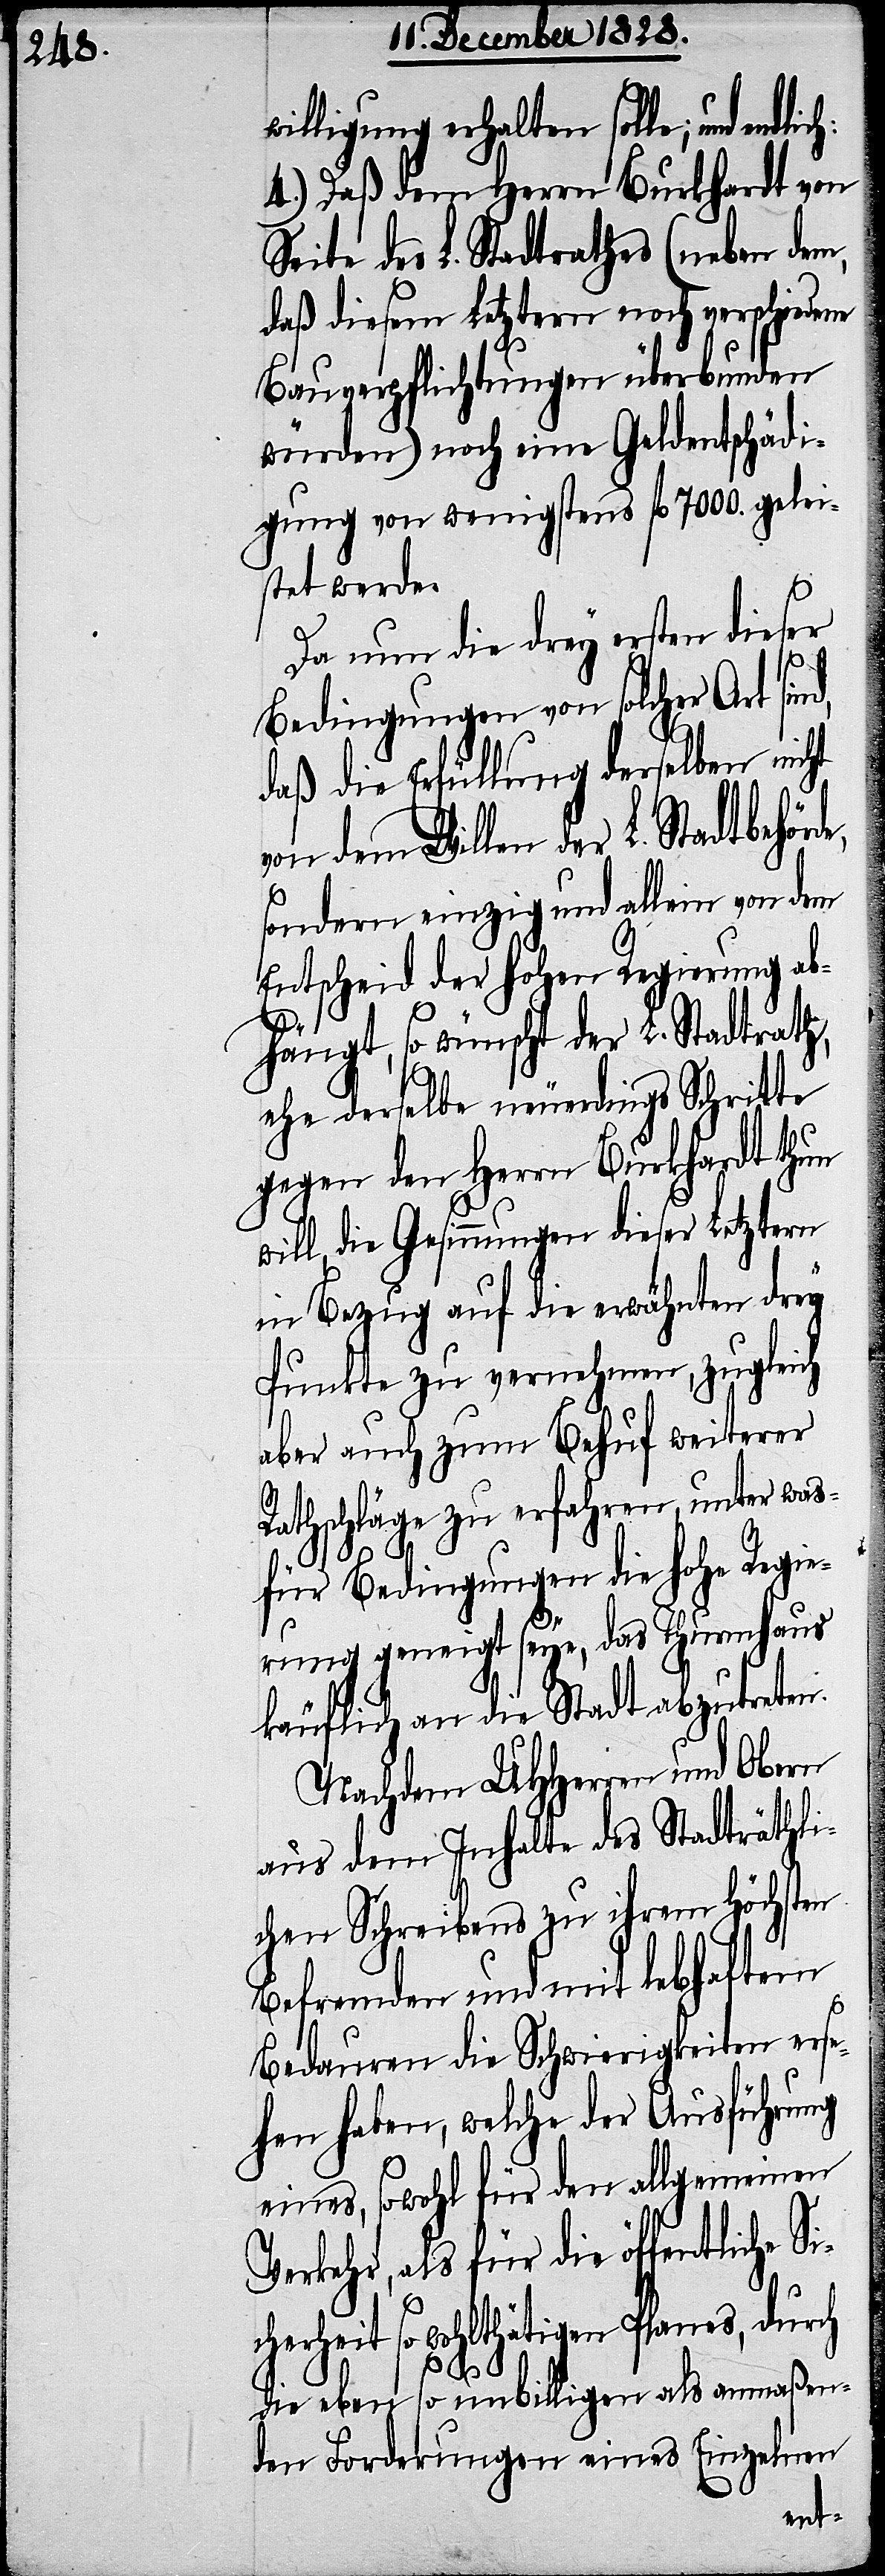
willigung erhalten solle; und
4.) Daß dem Herrn Burkhardt von
Seite des L. Stadtrathes (neben dem,
daß diesem Letztern noch verschiedene
Bauverpflichtungen überbunden
würden) noch eine Geldentschädi¬
gung von wenigstens fl. 7000. gelei¬
stet werde.
Da nun die drey ersten dieser
Bedingungen von solcher Art sind,
daß die Erfüllung derselben nicht
von dem Willen der L. Stadtbehörd¬
sondern einzig und allein von dem
Entscheid der hohen Regierung ab¬
Si¬
hängt, so wünscht der L. Stadtrath,
ehe derselbe neuerdings Schritte
gegen den Herrn Burkhardt thun
ill, die Gesinnungen dieser Letztern
in Bezug auf die erwähnten drey
Punkte zu vernehmen, zugleich
aber auch zum Behuf weiterer
Rathschläge zu erfahren, unter was¬
für Bedingungen die hohe Regie¬
rung geneigt seye, das Thurmhaus
käuflich an die Stadt abzutreten.
Nachdem UHHerren und Obern
aus dem Inhalte des Stadträthli¬
chen Schreibens zu ihrem Höchsten
Befremden und mit lebhaftem
w¬
Bedauren die Schwierigkeiten erse¬
hen haben, welche der Ausführung
eines, sowohl für den allgemeinen
Verkehr, als für die öffentliche
cherheit so wohlthätigen Planes, durch
die eben so unbilligen als anmaßen¬
den Forderungen eines Einzelnen